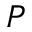
_ P